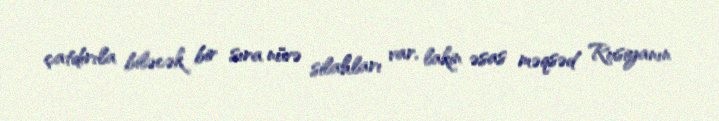
çatdırıla biləcək bir sıra nüvə silahları var, lakin əsas məqsəd Rusiyanın